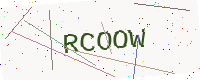
Text: RCOOW